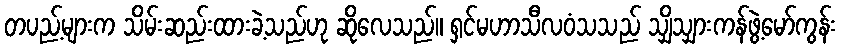
တပည့်များက သိမ်းဆည်းထားခဲ့သည်ဟု ဆိုလေသည်။ ရှင်မဟာသီလဝံသသည် သျှိသျှားကန်ဖွဲ့မော်ကွန်း